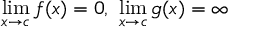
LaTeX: \operatorname* { l i m } _ { x \to c } f ( x ) = 0 , \ \operatorname* { l i m } _ { x \to c } g ( x ) = \infty